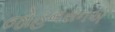
જોહનસનએ